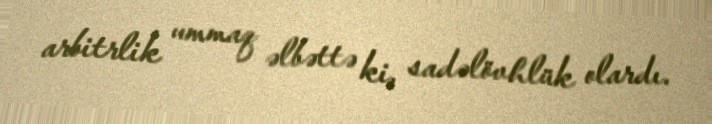
arbitrlik ummaq əlbəttə ki, sadəlövhlük olardı.